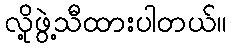
လို့ဖွဲ့သီထားပါတယ်။